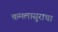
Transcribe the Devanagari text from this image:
कमलासुराचा